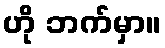
ဟို ဘက်မှာ။